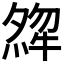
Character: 𤚶